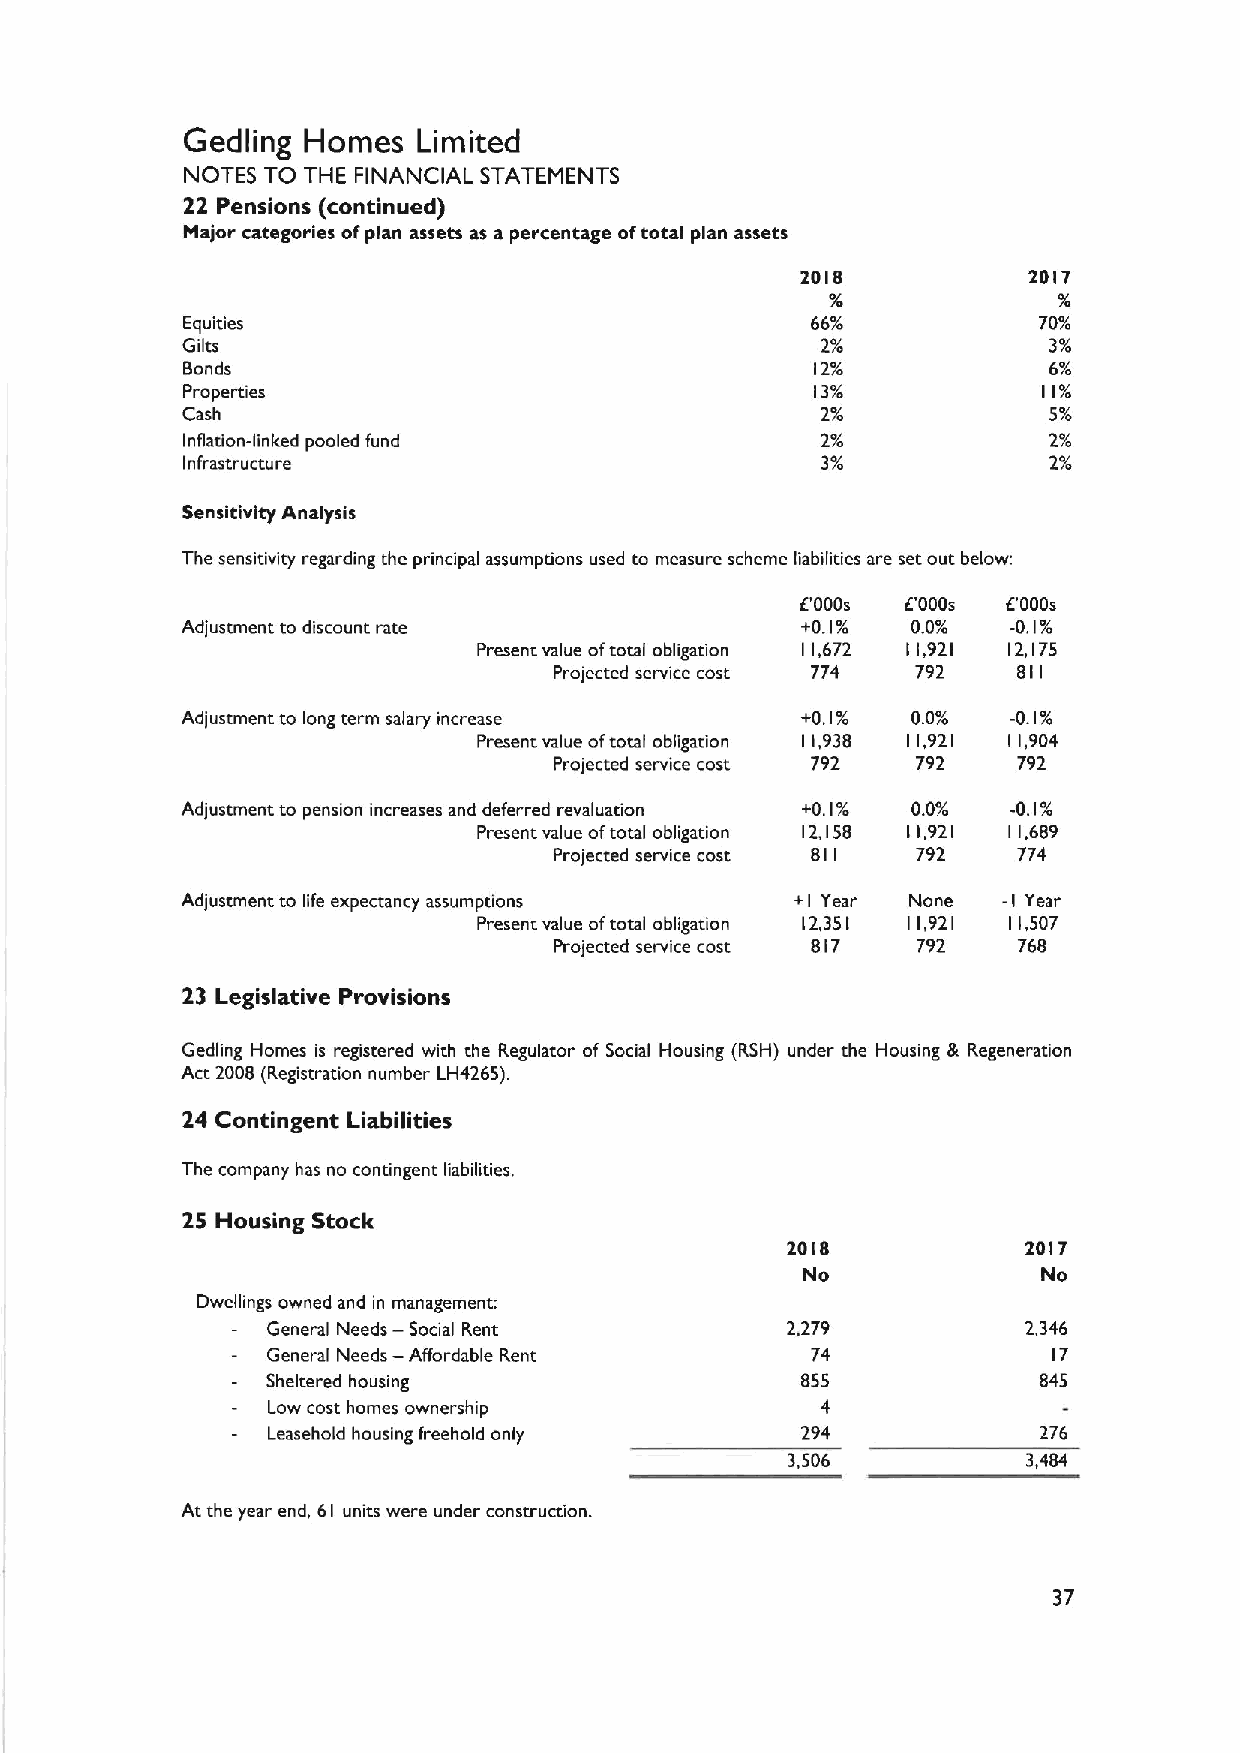
Gedling Homes   Limited
 NOTES TO THE FINANCIAL STATEMENTS
 22 Pensions (continued)
 Major categories ofplan assets as a percentage oftotal plan assets
 2018           2017
 Equities                                  66%            70%
 Gilts                                     2%             3%
 Bonds                                     12%            6%
 Properties                                13/            11%
 Cash                                      2%             5%
 Inflation-linked pooled fund              2%             2%
 infrastructure                            39'            2%
 Sensitivity Analysis
 The sensitivity regarding the principal assumptions used to measure scheme liabilities are set out below:
 6'000s 6'000s 6'000s
 Adjustment to discount race              +0.1%  0.0/o  -0.1%
 Present value oftotal obligation 11,672 11,921 12,175
 Projected service cost 774 792 811
 Adjustment to long rerm salary increase  +0.1%  0.0%   -0.1%
 Present value oftocal obligation 11,938 11,921 11,904
 Projected service cost 792 792 792
 Adjustment to pension increases and deferred revaluation +0.1% 0.0/ -0.1%
 Present value oftotal obligation 12,158 11,921 I 1,689
 Projected service cost 811 792 774
 Adjustment to life expectancy assumptions +I Year None -I Year
 Present value oftotal obligation 12,351 11,921 11,507
 Projected service cost 817 792 768
 23 Legislative Provisions
 Gedling Homes is registered with the Regulator of Social Housing (RSH) under the Housing & Regeneration
 Act 2008 (Registration number LH4265).
 24 Contingent Liabilities
 The company has no contingent liabilities.
 25 Housing Stock
 2018            2017
 No              No
 Dwellings owned and in managemenc
 General Needs — Social Rent       2.279           2,346
 General Needs — Affordable Rent     74              17
 Sheltered housing                  855             845
 Low cost homes ownership            4
 Leasehold housing freehold only    294             276
 3,506           3,484
 At the year end, 61 units were under construction.
 37